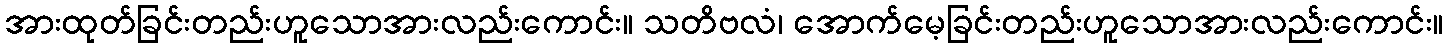
အားထုတ်ခြင်းတည်းဟူသောအားလည်းကောင်း။ သတိဗလံ၊ အောက်မေ့ခြင်းတည်းဟူသောအားလည်းကောင်း။